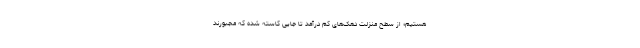
هستیم؛ از سطح منزلت دهک‌های کم درآمد تا جایی کاسته شده که مجبورند